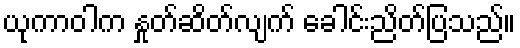
ယုကာဝါက နှုတ်ဆိတ်လျက် ခေါင်းညိတ်ပြသည်။